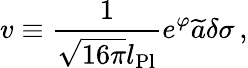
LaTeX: v\equiv{\frac{1}{\sqrt{16\pi}l_{\mathrm{Pl}}}}e^{\varphi}\widetilde{a}\delta\sigma\, ,